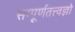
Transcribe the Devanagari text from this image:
सम्पूर्णतत्त्वज्ञो